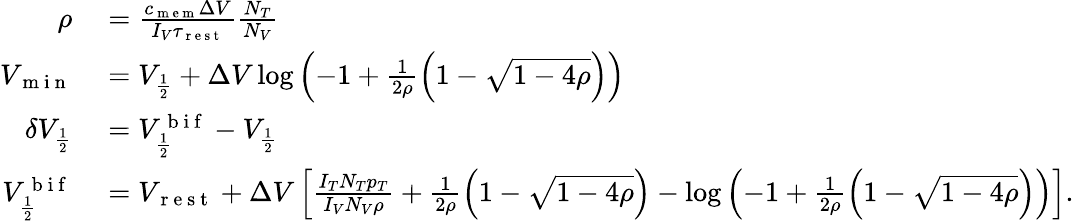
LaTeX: \begin{array}{rl}{\rho}&{{}=\frac{c_{\mathrm{~m~e~m~}}\Delta V}{I_{V}\tau_{\mathrm{~r~e~s~t~}}}\frac{N_{T}}{N_{V}}}\\ {V_{\mathrm{~m~i~n~}}}&{{}=V_{\frac{1}{2}}+\Delta V\log\left(-1+\frac{1}{2\rho}\left(1-\sqrt{1-4\rho}\right)\right)}\\ {\delta V_{\frac{1}{2}}}&{{}=V_{\frac{1}{2}}^{\mathrm{~b~i~f~}}-V_{\frac{1}{2}}}\\ {V_{\frac{1}{2}}^{\mathrm{~b~i~f~}}}&{{}=V_{\mathrm{~r~e~s~t~}}+\Delta V\left[\frac{I_{T}N_{T}p_{T}}{I_{V}N_{V}\rho}+\frac{1}{2\rho}\left(1-\sqrt{1-4\rho}\right)-\log\left(-1+\frac{1}{2\rho}\left(1-\sqrt{1-4\rho}\right)\right)\right].}\end{array}